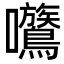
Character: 𡆈